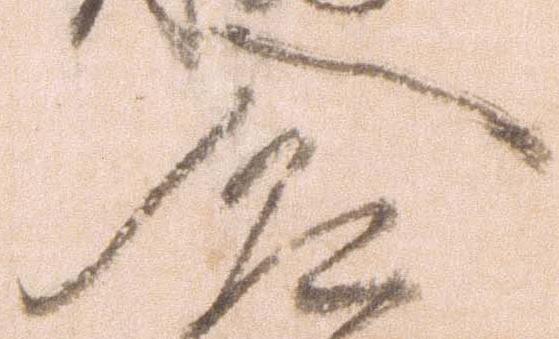
入